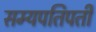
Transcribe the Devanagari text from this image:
सम्यपतिपती